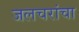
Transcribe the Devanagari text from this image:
जलचरांचा